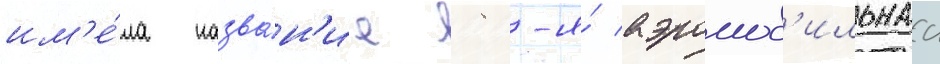
им'е́ла назва́н'ие 98-я́ аэромоб'ильнаа